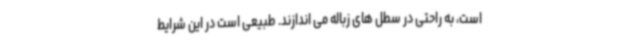
است، به راحتی در سطل های زباله می اندازند. طبیعی است در این شرایط